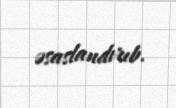
əsaslandırıb.